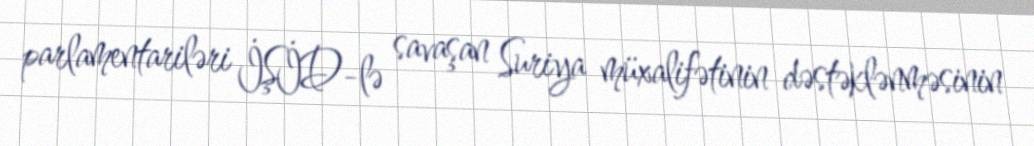
parlamentariləri İŞİD-lə savaşan Suriya müxalifətinin dəstəklənməsinin